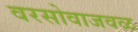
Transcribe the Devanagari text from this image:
वरसोवाजवळ